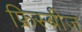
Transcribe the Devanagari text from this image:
फ्रिस्बीज़